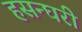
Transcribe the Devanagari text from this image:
हसन्घरी